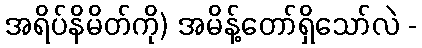
အရိပ်နိမိတ်ကို) အမိန့်တော်ရှိသော်လဲ -